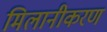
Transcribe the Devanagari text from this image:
मिलानीकरण